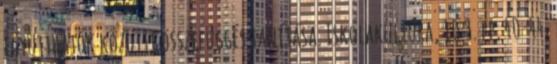
együtthatók közötti összefüggés tanítása. Iskolakultúra, 10 3. pp. 40-44.